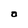
Character: O